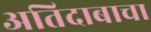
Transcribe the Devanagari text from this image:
अतिदाबाचा